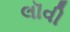
લૉવી